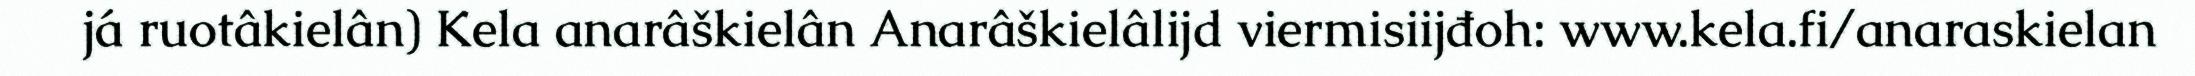
já ruotâkielân) Kela anarâškielân Anarâškielâlijd viermisiijđoh: www.kela.fi/anaraskielan